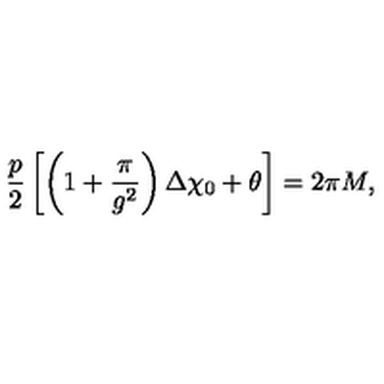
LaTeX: { \frac { p } { 2 } } \left[ \left( 1 + { \frac { \pi } { g ^ { 2 } } } \right) \Delta \chi _ { 0 } + \theta \right] = 2 \pi M ,